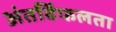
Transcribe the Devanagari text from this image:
अंतर्विफलता